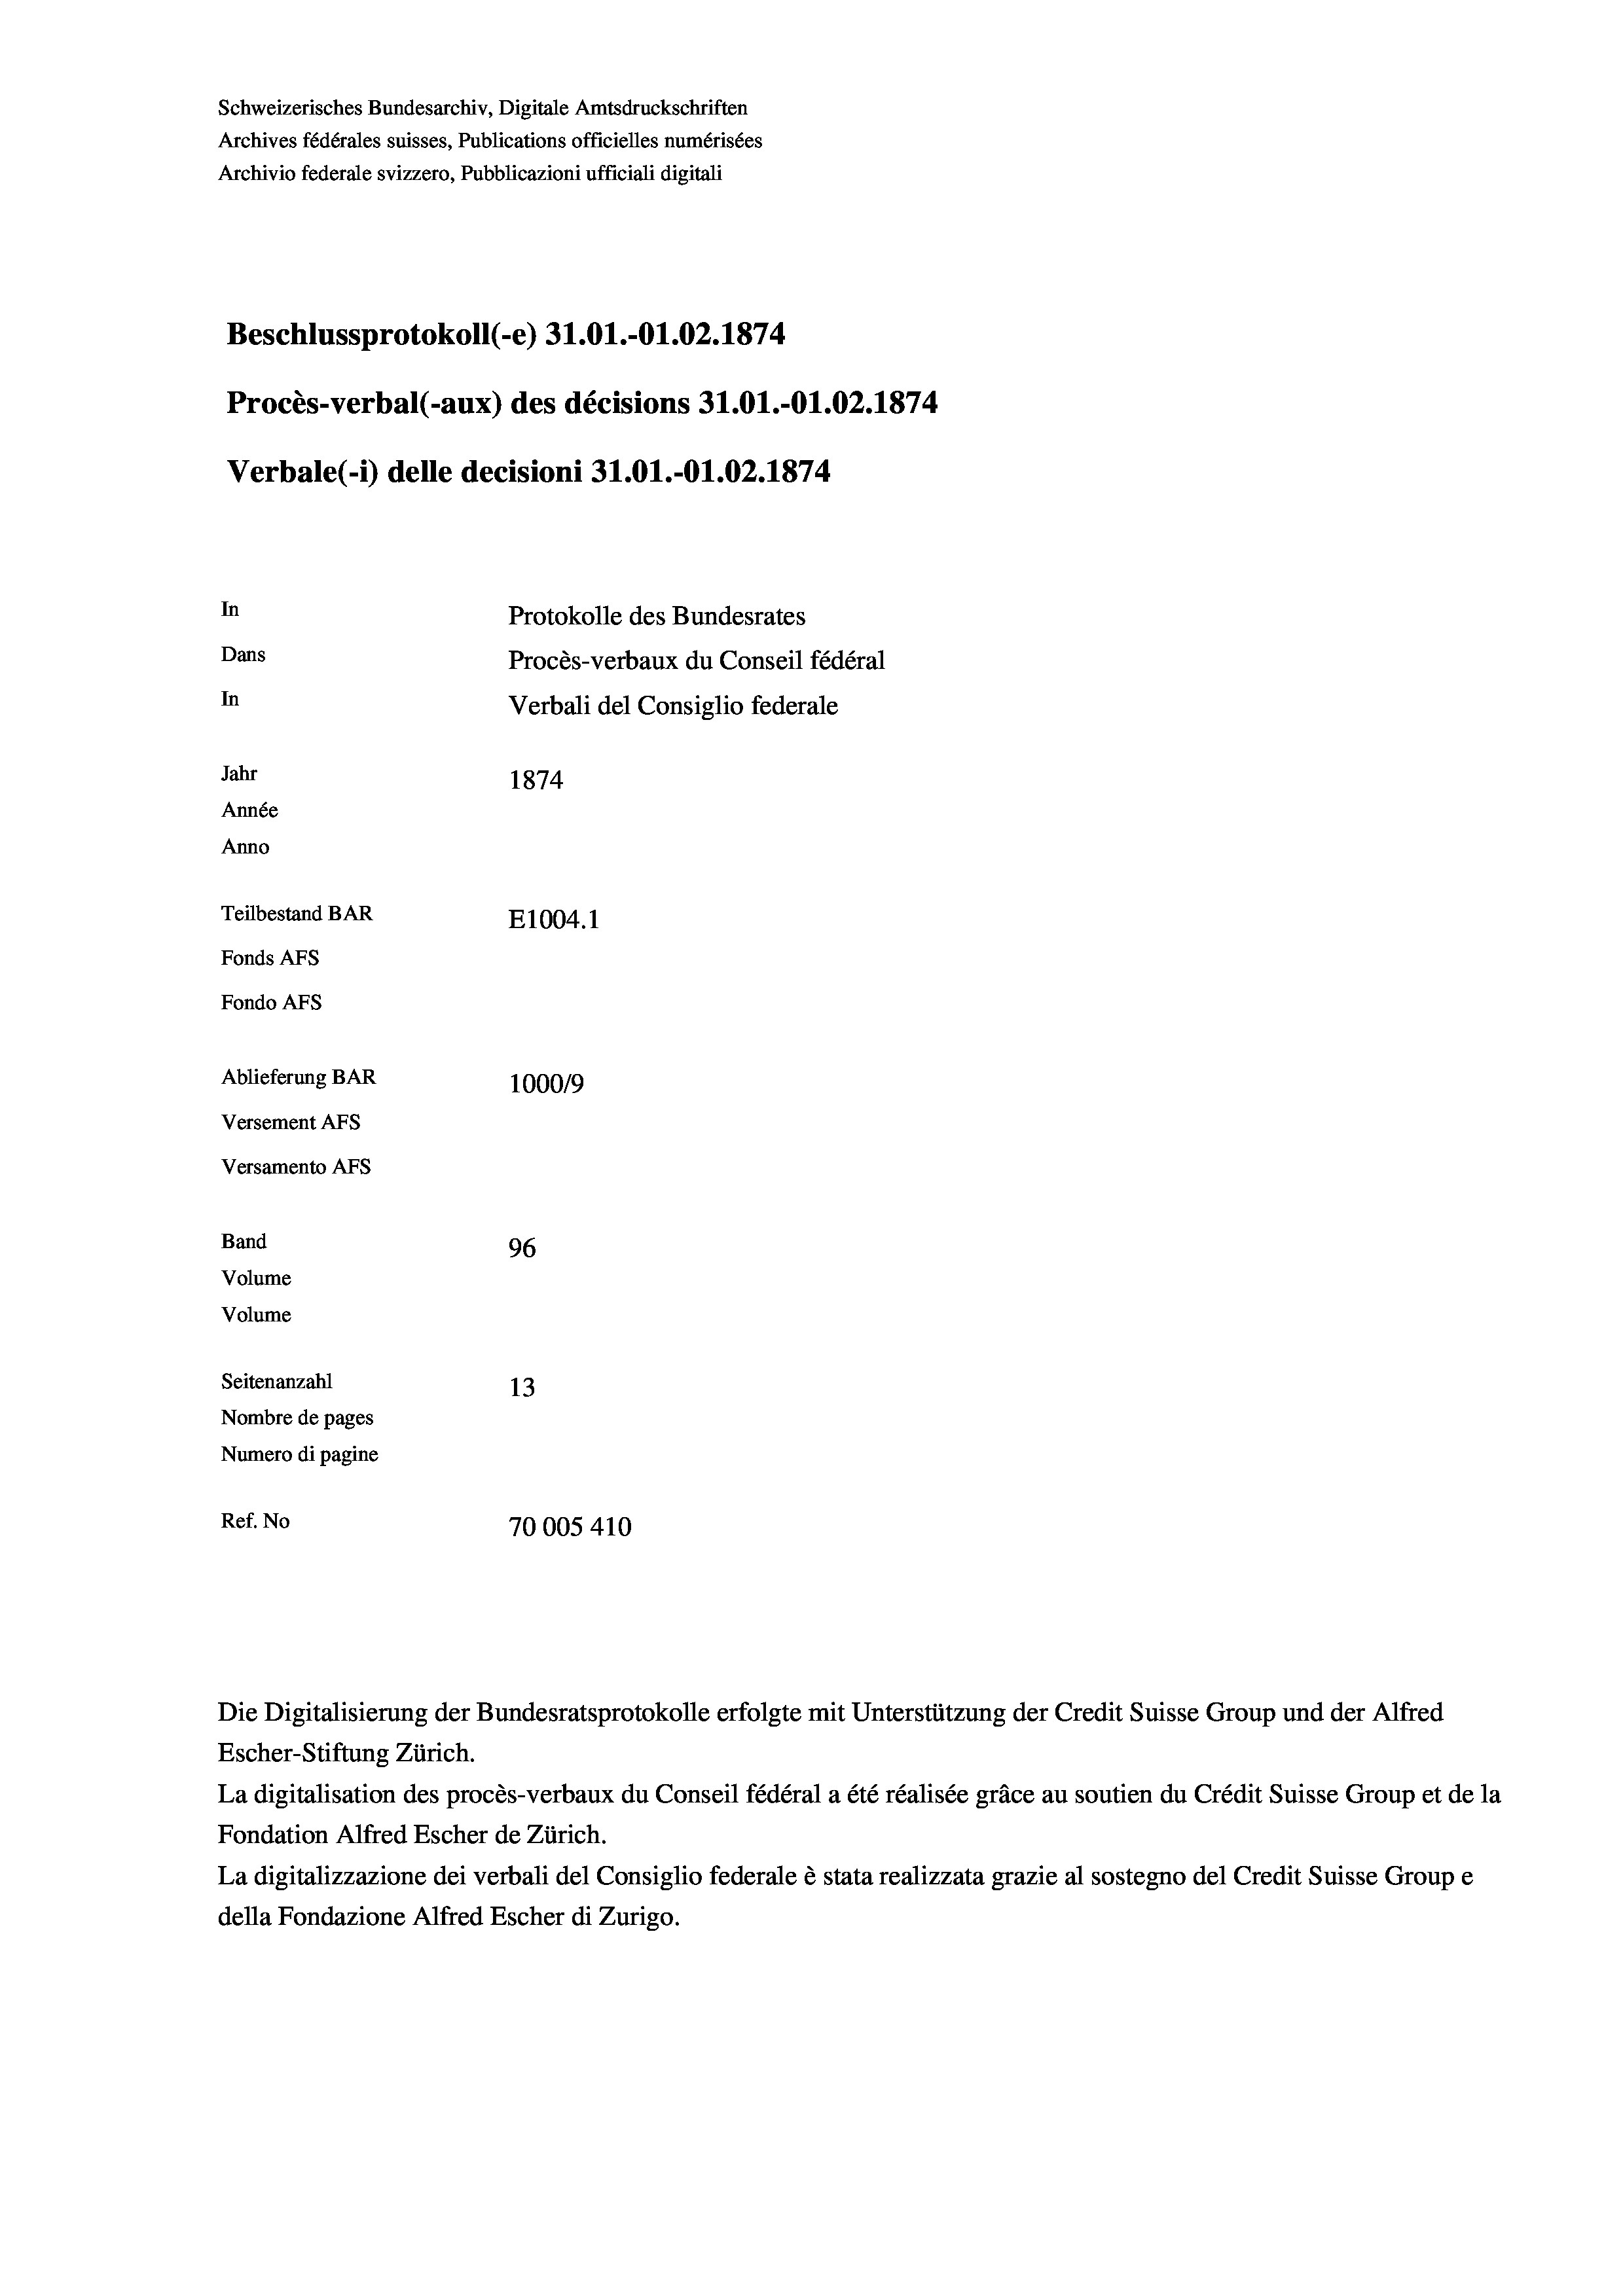
Schweizerisches Bundesarchiv, Digitale Amtsdruckschriften
Archives fédérales suisses, Publications officielles numérisées
Archivio federale svizzero, Pubblicazioni ufficiali digitali
Beschlussprotokoll (-e) 31.01.-O1.02. 1874
Procès-verbal (-aux) des décisions 31.01.-O1.02.1874
Verbale(-*) delle decisioni 31.01.-O1.02. 1874
In
Protokolle des Bundesrates
Dans
Procès-verbaux du Conseil fédéral
In
Verbali del Consiglio federale
Jahr
1874
Année
Anno
Teilbestand BAR
E1004. 1
Fonds AFs
Fondo Afs
Ablieferung BAR
100019
Versement AFs
Versamento AFs
Band
96
Volume
Volume
Seitenanzahl
13
Nombre de pages
Numero di pagine
Ref. No
70005 410

La digitalisation des procès-verbaux du Conseil fédéral a été réalisée gräce au soutien du Crédit Suisse Group et de la
Fondation Alfred Escher de Zürich.
La digitalizzazione dei verbali del Consiglio federale è stata realizzata grazie al sostegno del Credit Suisse Groupe
della Fondazione Alfred Escher di Zurigo.

Die Digitalisierung der Bundesratsprotokolle erfolgte mit Unterstützung der Credit Suisse Group und der Alfred
Escher-Stiftung Zürich.